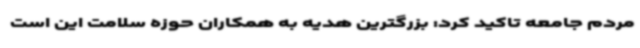
مردم جامعه تاکید کرد: بزرگترین هدیه به همکاران حوزه سلامت این است